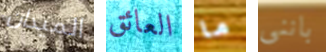
الميدان العائق ما باننى